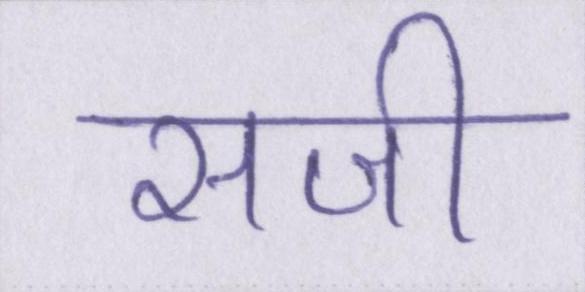
सजी